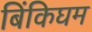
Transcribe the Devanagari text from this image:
बिंकिघम